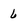
Character: 6